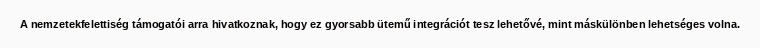
A nemzetekfelettiség támogatói arra hivatkoznak, hogy ez gyorsabb ütemű integrációt tesz lehetővé, mint máskülönben lehetséges volna.